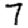
Digit: 7